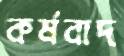
কর্মবাদ